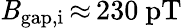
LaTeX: \mathit{B}_{\mathrm{{gap,i}}}\, {\approx}\, 230~\mathrm{{pT}}